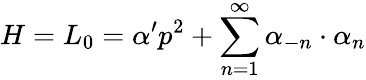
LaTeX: H=L_{0}=\alpha^{\prime}p^{2}+\sum_{n=1}^{\infty}\alpha_{-n}\cdot\alpha_{n}